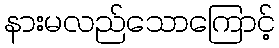
နားမလည်သောကြောင့်